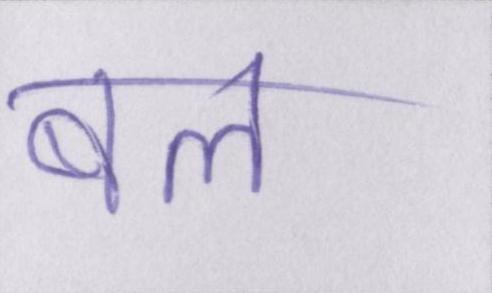
बल